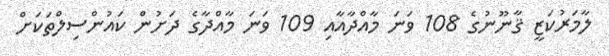
ލާމަރުކަޒީ ޤާނޫނުގެ 108 ވަނަ މާއްދާއާއި 109 ވަނަ މާއްދާގެ ދަށުން ކައުންސިލްތަކަށް